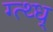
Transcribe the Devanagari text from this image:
ग्त्थ्ध्